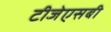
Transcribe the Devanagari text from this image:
टीजेएसबी